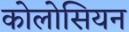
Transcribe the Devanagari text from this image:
कोलोसियन